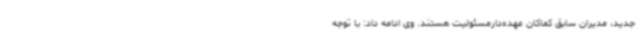
جدید، مدیران سابق کماکان عهده‌دارمسئولیت هستند. وی ادامه داد: با توجه